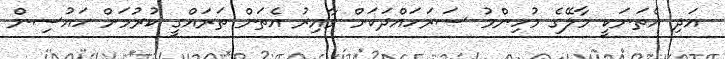
އަދި އެތަނަކީ މާލޭގެ މުހިންމު ސަރަހައްދަކަށް ވާއިރު އެތަން ތަރައްގީ ކުރުމަށް ހައުސިން